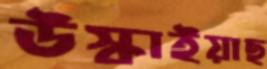
উস্‌কাইয়াছ